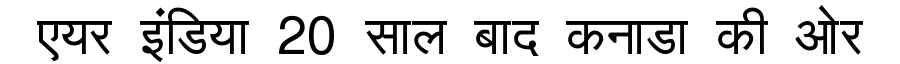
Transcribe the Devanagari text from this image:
एयर इंडिया 20 साल बाद कनाडा की ओर